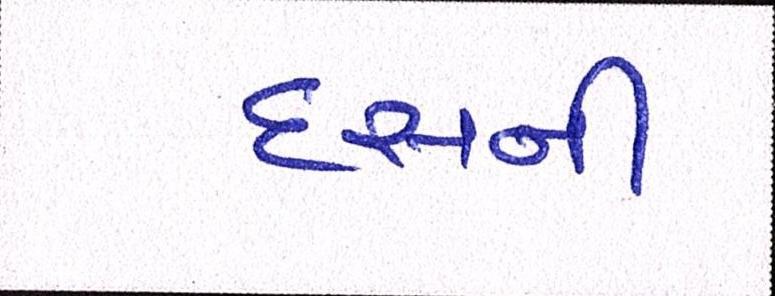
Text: દસની